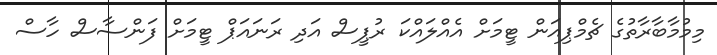
މިމުމާބާރާތުގެ ޗެމްޕިއަން ޓީމަށް އެއްލައްކަ ރުޕީސް އަދި ރަނައަޕް ޓީމަށް ފަންސާސް ހާސް